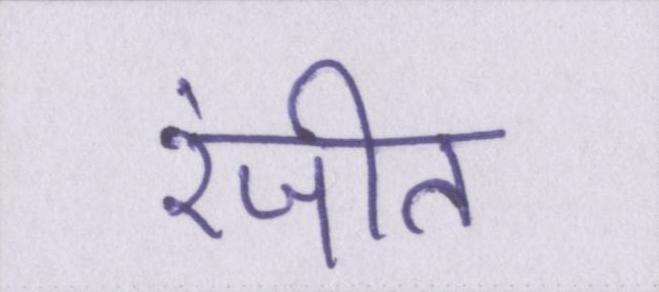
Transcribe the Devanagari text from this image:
रंजीत